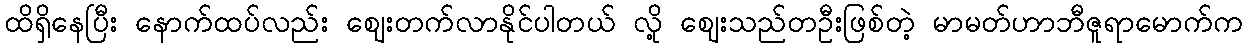
ထိရှိနေပြီး နောက်ထပ်လည်း ဈေးတက်လာနိုင်ပါတယ် လို့ ဈေးသည်တဦးဖြစ်တဲ့ မာမတ်ဟာဘီဇူရာမောက်က